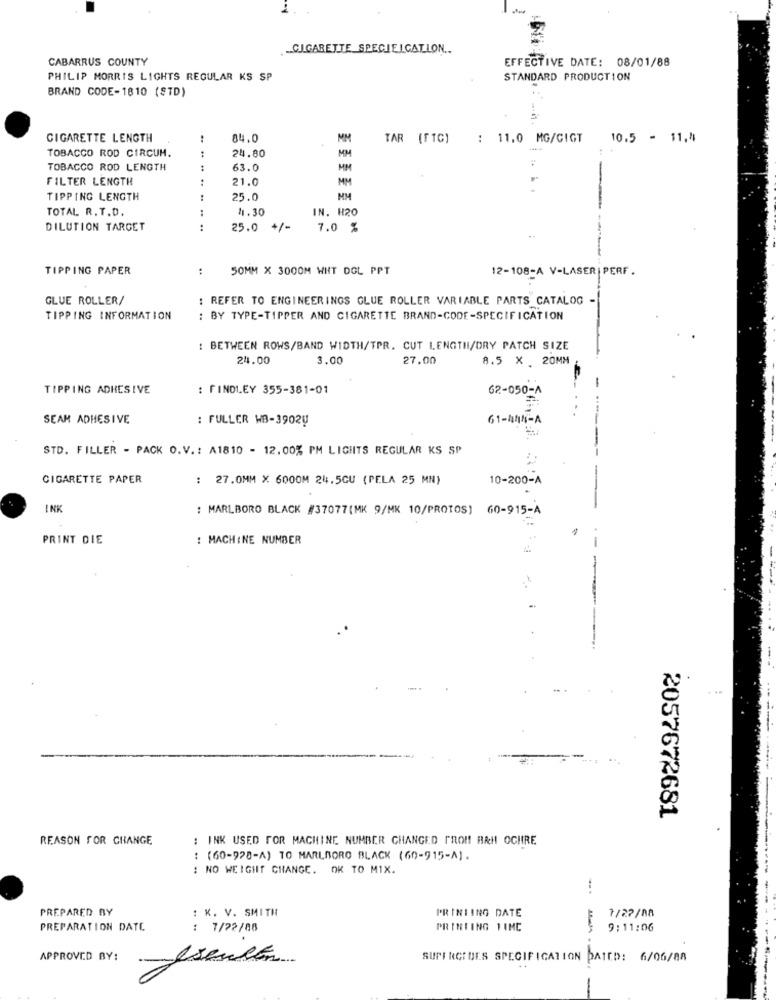
1
CIGARETTE SPECIELCATION ..
CABARRUS COUNTY
EFFECTIVE DATE: 08/01/88
PHILIP MORRIS LIGHTS REGULAR KS SP
STANDARD PRODUCTION
BRAND CODE-1810 (STD)
CIGARETTE LENGTH
:
84.0
MM
TAR (FTC)
: 11.0 MG/GIGT
10.5 - 11,4
1
24.80
MM
TOBACCO ROD CIRCUM.
TOBACCO ROD LENGTH
63.0
MM
FILTER LENGTH
...
21.0
MM
TIPPING LENGTH
25.0
MM
TOTAL R. T.D.
...
1.30
IN. H20
DILUTION TARGET
:
25.0 +/-
7.0 %
TIPPING PAPER
:
50MM X 3000M WHT DOL PPT
12-108-A V-LASER|PERF.
GLUE ROLLER/
: REFER TO ENGINEERINGS GLUE ROLLER VARIABLE PARTS CATALOG -
TIPPING INFORMATION
: BY TYPE-TIPPER AND CIGARETTE BRAND-CODE-SPECIFICATION
: BETWEEN ROWS/BAND WIDTH/TPR. CUT LENGTH/DRY PATCH SIZE
24.00
3.00
27.00
8.5 X . 20MM
TIPPING ADHESIVE
: FINDLEY 355-381-01
62-050-A
SEAM ADHESIVE
: FULLER WB-3902U
61-44%-A
STD. FILLER - PACK O.V .: A1810 - 12.00% PM LIGHTS REGULAR KS SP
CIGARETTE PAPER
: 27.0MM × 6000M 24.5CU (PELA 25 MN)
10-200-A
INK
: MARLBORO BLACK #37077(MK 9/MK 10/PROTOS) 60-915-A
1
PRINT DIE
: MACHINE NUMBER
-
2057672681
REASON FOR CHANGE
: INK USED FOR MACHINE NUMBER CHANGED FROM! BAH! OCHIRE
: (60-928-A) TO MARLBORO BLACK (60-915-A).
: NO WEIGHT CHANGE. OK TO MIX.
PREPARED BY
: K. V. SMITH
PRINTING DATE
1/22/08
PREPARATION DATE
: 7/72/88
PRINTING VIMC
9:11:06
APPROVED BY:
SUPERCIDES SPECIFICATION DATED: 6/06/88